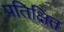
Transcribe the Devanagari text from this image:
प्रतिक्षित